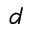
d